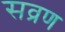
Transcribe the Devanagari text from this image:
सव्रण